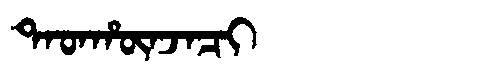
Manchu: ᡨᠠᡨᡥᡡᠨᠵᠠᠴᡳ
Romanization: TATHŪNJACI